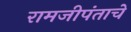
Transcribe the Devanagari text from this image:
रामजीपंताचे